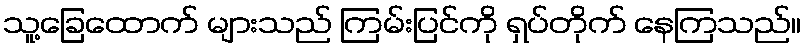
သူ့ခြေထောက် များသည် ကြမ်းပြင်ကို ရှပ်တိုက် နေကြသည်။